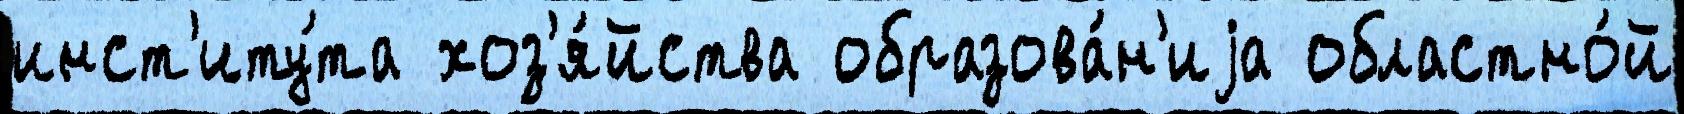
инст'иту́та хоз'я́йства образова́н'иjа областно́й